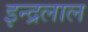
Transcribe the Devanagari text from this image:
इन्द्रलाल